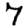
Digit: 7